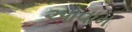
આવામ